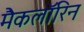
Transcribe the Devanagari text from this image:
मैकलॉरिन